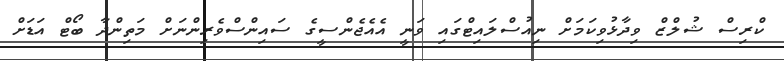
ކްރިސް ޝުލްޒް ވިދާޅުވިކަމަށް ނިއުސްލައިޓްގައި ވަނީ އެއެޖެންސީގެ ސައިންސްވެރިންނަށް މަތިންދާ ބޯޓް އަޑަށް